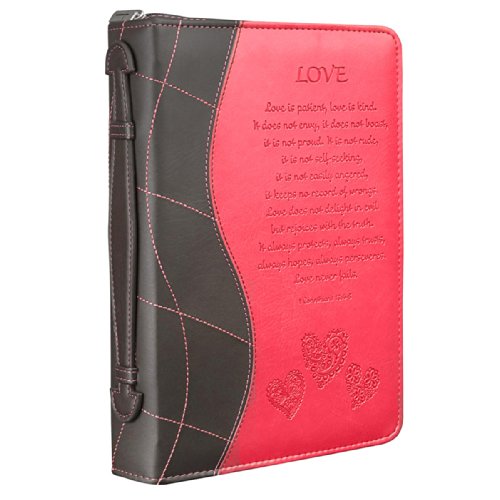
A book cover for Pink "Love" Large Bible / Book Cover - 1 Corinthians 13:4-8; Christian Art Gifts; Christian Books & Bibles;